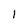
Character: 1